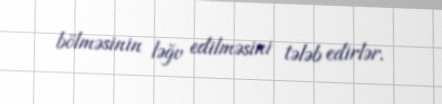
bölməsinin ləğv edilməsini tələb edirlər.